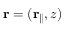
{ \bf r } = ( { \bf r } _ { \parallel } , z )